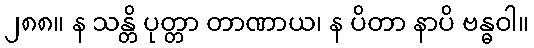
၂၈၈။ န သန္တိ ပုတ္တာ တာဏာယ၊ န ပိတာ နာပိ ဗန္ဓဝါ။